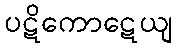
ပဋိကောဋေယျ